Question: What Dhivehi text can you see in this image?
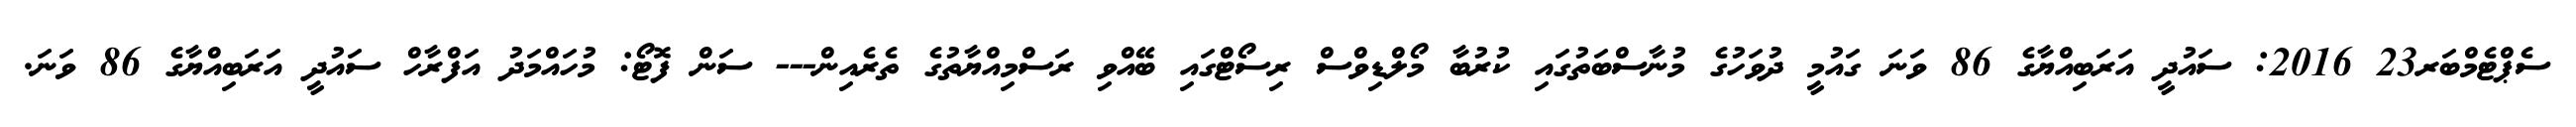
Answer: ސެޕްޓެމްބަރ23 2016: ސައުދީ އަރަބިއްޔާގެ 86 ވަނަ ގައުމީ ދުވަހުގެ މުނާސްބަތުގައި ކުރުބާ މޯލްޑިވްސް ރިސޯޓްގައި ބޭއްވި ރަސްމިއްޔާތުގެ ތެރެއިން--- ސަން ފޮޓޯ: މުހައްމަދު އަފްރާހް ސައުދީ އަރަބިއްޔާގެ 86 ވަނަ.